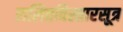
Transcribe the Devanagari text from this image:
ललितविस्तारसूत्र